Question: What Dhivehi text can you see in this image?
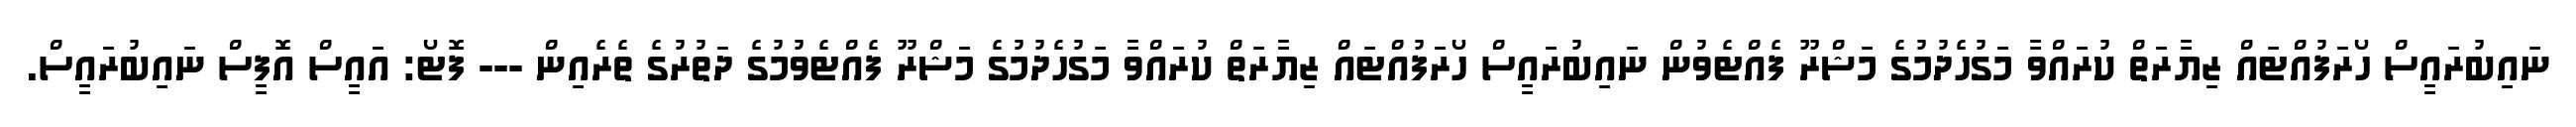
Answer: ނައިބުރައީސް ހޯރަފުއްޓައް ޒިޔާރަތް ކުރައްވާ މަގުހެދުމުގެ މަޝްރޫ ފެއްޓެވުން ނައިބުރައީސް ހޯރަފުއްޓައް ޒިޔާރަތް ކުރައްވާ މަގުހެދުމުގެ މަޝްރޫ ފެއްޓެވުމުގެ ދަތުރުގެ ތެރެއިން --- ފޮޓޯ: އައީސް އޮފީސް ނައިބުރައީސް.